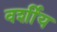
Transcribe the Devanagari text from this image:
वर्शीय